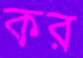
কর